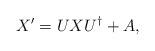
LaTeX: \begin{align*}X^{\prime}=UXU^\dagger +A,\end{align*}